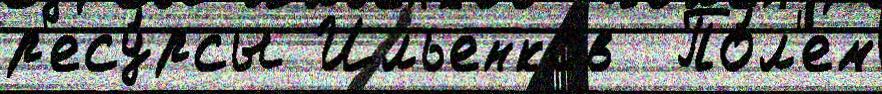
р'есу́рсы Ильенков  По́л'ем